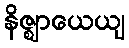
နိဇ္ဈာယေယျ